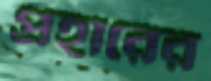
প্রহারের